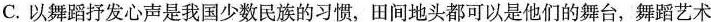
C.以舞蹈抒发心声是我国少数民族的习惯，田间地头都可以是他们的舞台，舞蹈艺术